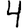
Digit: 4